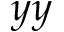
y y